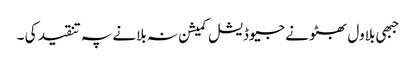
جبھی بلاول بھٹو نے جیوڈیشل کمیشن نہ بلانے پہ تنقید کی ۔